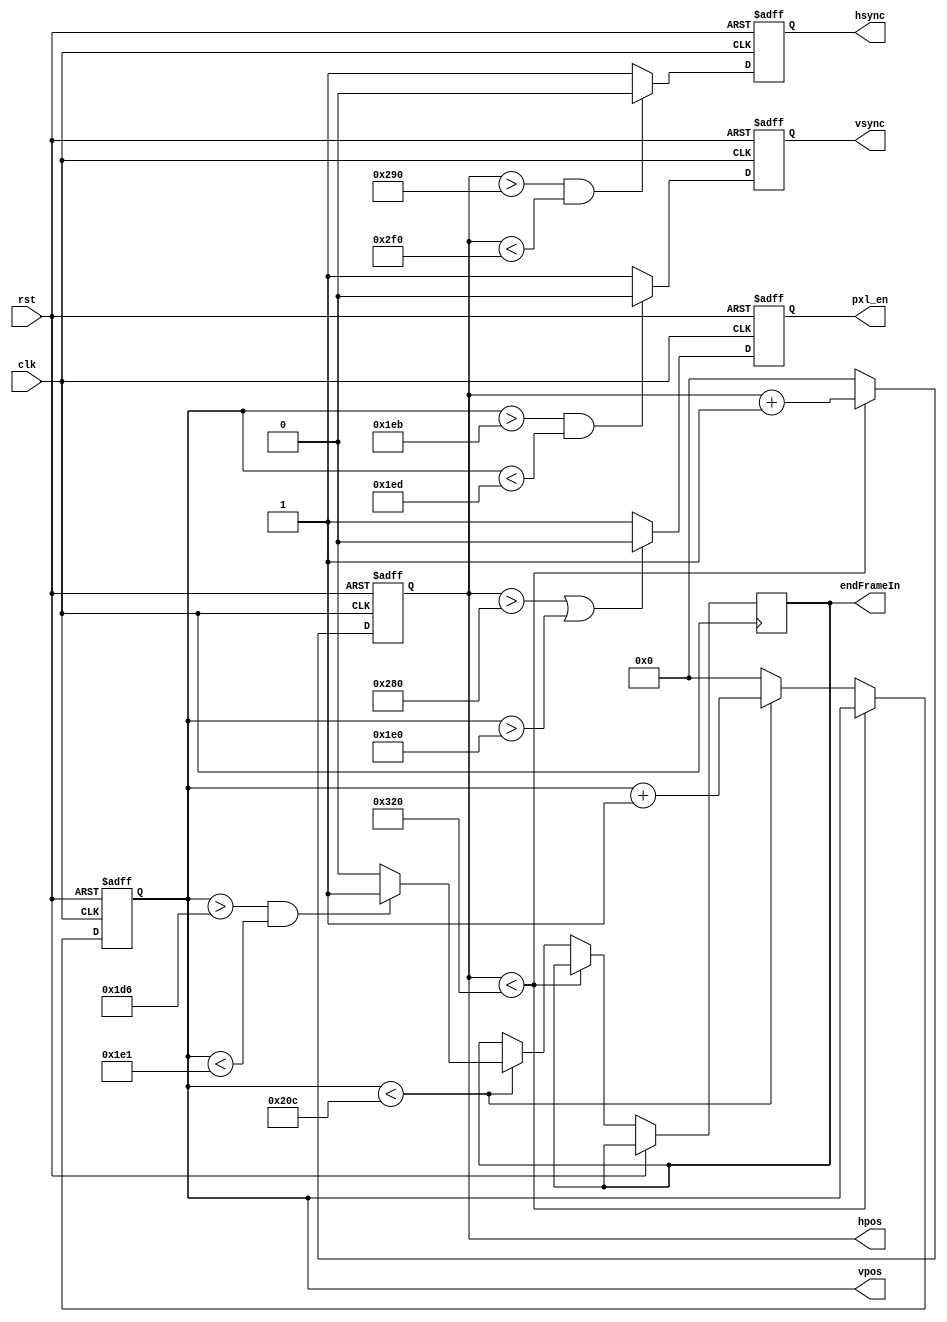
module vgaSync(clk, rst, hsync, vsync, hpos, vpos, pxl_en, endFrameIn);

	input clk;
	input rst;
	output reg endFrameIn;
	output reg hsync; //Sinais para o vga.
	output reg vsync; 
	
	output reg [9:0] hpos; //Posio horizontal do pixel.
	output reg [9:0] vpos; //Posio vertical do pixel.
	
	output reg pxl_en; //Sinal de pixel vlido.
	
	localparam hva = 640; //horizontal ativo.
	localparam hfp = 16;
	localparam hsp = 96;
	localparam hbp = 48;
	
	localparam vva = 480; //vertical ativo.
	localparam vfp = 11;
	localparam vsp = 2;
	localparam vbp = 31;
	
	// Pecorrendo a tela, pixel por pixel.
	always @ (posedge clk or posedge rst) begin
		if (rst) begin //reseta sinais de posio.
			hpos   <= 10'd0;
			vpos   <= 10'd0;
		end else begin
			if (hpos < (hva + hfp + hsp + hbp)) begin //caso o tempo da linha no tenha acabado
				hpos <= hpos + 10'd1; //Incrementa posio horizontal.
			end else begin
				hpos <= 10'd0; //reseta a posio *de* linha para 0, pois a anterior j foi percorrida.
				if (vpos < (vva + vfp + vsp + vbp)) begin //Caso no tenham acabado as posies verticais.
					
					if ( vpos > 470 && vpos < 481) begin
						endFrameIn <= 1'd1;
					end
					else begin
						endFrameIn <= 1'd0;
					end
				
				
					vpos <= vpos + 10'd1; //Pula para a prxima posio vertical (prxima linha).
				end else begin
					vpos <= 10'd0; //volta para a primeira linha (posio 0 vertical), caso tenha acabado o tempo de sync vertical (fim da ltima linha).
				end
			end
		end
	end
	
	// Gerando a sincronia horizontal e vertical
	always @ (posedge clk or posedge rst) begin
		if (rst) begin //reseta sinais de sincronia.
			hsync  <= 1'b0;
			vsync  <= 1'b0;
		end else begin
			if ((hpos > (hva + hfp)) && (hpos <(hva + hfp +hsp))) begin //Caso esteja em pulso de sync horizontal.
				hsync <= 1'b0;
			end else begin
				hsync <= 1'b1; //Caso no esteja em pulso de sync horizontal.
			end
			
			if ((vpos > (vva + vfp)) && (vpos < (vva + vfp +vsp))) begin //Caso esteja em pulso de sync vertical, definindo ciclo de novo quadro.
				vsync <= 1'b0; //Caso no esteja em pulso de sync vertical.
			end else begin
				vsync <= 1'b1;
			end
		end
	end
	
	// Definindo a rea visivel
	always @ (posedge clk or posedge rst) begin
		if (rst) begin //reseta o sinal de pixel vlido.
			pxl_en <= 1'b0;
		end else begin
			if (hpos > hva || vpos > vva) begin //Caso no esteja em rea vlida de vdeo.
				pxl_en <= 1'b0;
			end else begin //Caso esteja em rea vlida de vdeo.
				pxl_en <= 1'b1;
			end
		end
	end
	
endmodule